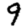
Digit: 9